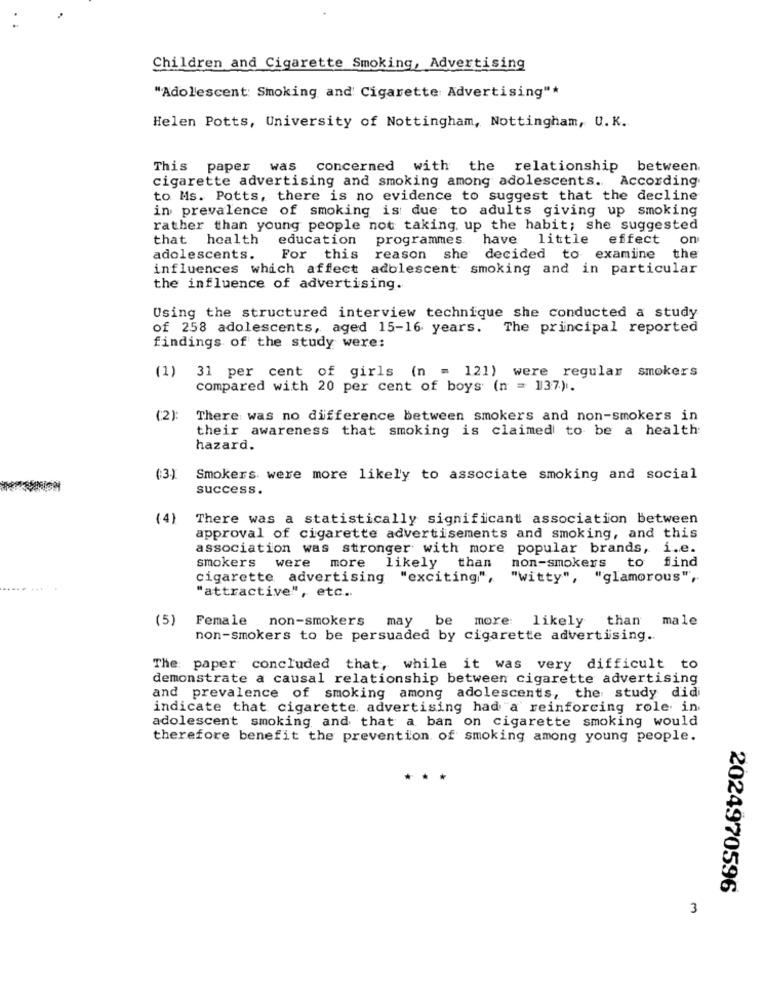
Children and Cigarette Smoking, Advertising
"Adolescent: Smoking and' Cigarette Advertising"*
Helen Potts, University of Nottingham, Nottingham, U. K.
This paper was
concerned with the relationship between
cigarette advertising and smoking among adolescents. According
to Ms. Potts, there is no evidence to suggest that the decline
in prevalence of smoking is due to adults giving up smoking
rather than young people not taking up the habit; she suggested
that health
education
programmes.
have little effect
on
adolescents.
For this
reason she decided to examine
the
influences which affect adolescent smoking and in particular
the influence of advertising.
Using the structured interview technique she conducted a study
of 258 adolescents, aged 15-16 years. The principal reported
findings of the study were:
31 per cent of girls (n = 121) were regular smokers
(1)
compared with 20 per cent of boys (n = 137).
(2)
There was no difference between smokers and non-smokers in
their awareness that smoking is claimed to be a health
hazard.
(3.)
Smokers were more likely to associate smoking and social
success.
(4)
There was a statistically significant association between
approval of cigarette advertisements and smoking, and this
association was stronger with more popular brands, i.e.
non-smokers to find
smokers were more
likely than
cigarette advertising "exciting",
"witty", "glamorous",
"attractive", etc ..
(5)
Female non-smokers
may
be more: likely
than1
male
non-smokers to be persuaded by cigarette advertising ..
The paper concluded that, while it was very difficult to
demonstrate a causal relationship between cigarette advertising
and prevalence of smoking among adolescents, the study did
indicate that cigarette, advertising had a reinforcing role in
adolescent smoking and that a ban on cigarette smoking would
therefore benefit the prevention of smoking among young people.
***
2024970596
3